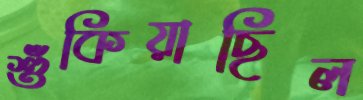
শুঁকিয়াছিল